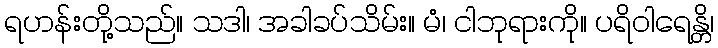
ရဟန်းတို့သည်။ သဒါ၊ အခါခပ်သိမ်း။ မံ၊ ငါဘုရားကို။ ပရိဝါရေန္တိ၊